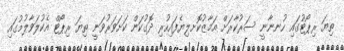
ތިޔަ ރިޕޯޓުގައި ހުނނާނީ ސަރުކާރަށް އަމާޒުކޮށލިޔެފައިހުރި ދޮގުކަން ކަށަވަރުވަނީ ތިޔަ ރިޕޯޓް އެކުލަވާލުމުގައި